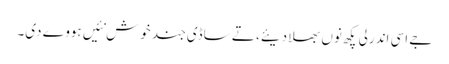
جے اسی اندرلی پکھ نوں بھلا دیئے، تے ساڈی جند خوش نئیں ہووے دی۔